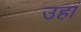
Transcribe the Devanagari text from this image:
उहां